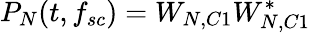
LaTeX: P_{N}(t,f_{sc})=W_{N,C1}W_{N,C1}^{*}